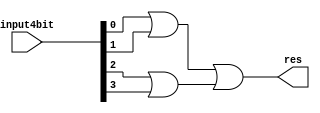
module or_4input(res,input4bit);
input [3:0] input4bit;
output res;
wire re1,re2;
or or1(re1,input4bit[0],input4bit[1]);
or or2(re2,input4bit[2],input4bit[3]);
or or3(res,re1,re2);
endmodule


module checkzero(zero, Result);

//if the Result is 0, output zero is 1
// if the result is not 0, output zero is 0
input [31:0] Result;
wire result1, result2,result3,result4,result5,result6,result7, result8;
output zero;
//using 8 of (4input orgate)
or_4input or_4_1(result1, Result[31:28]);
or_4input or_4_2(result2, Result[27:24]);
or_4input or_4_3(result3,Result[23:20]);
or_4input or_4_4(result4,Result[19:16]);
or_4input or_4_5(result5,Result[15:12]);
or_4input or_4_6(result6,Result[11:8]);
or_4input or_4_7(result7,Result[7:4]);
or_4input or_4_8(result8,Result[3:0]);

//using 2 of (4input orgate)
wire [3:0] result9;
wire [3:0] result10;
assign result9[3]=result1,result9[2]=result2, result9[1]=result3, result9[0]=result4;
assign result10[3]=result5, result10[2]=result6, result10[1]=result7,result10[0]=result8;
wire result11,result12,zero_before;
or_4input or_4_9(result11,result9);
or_4input or_4_10(result12,result10);


//or gate with the final results
or orfinal(zero_before,result11,result12);
not inver(zero,zero_before);
endmodule 

// module testdoit;
// reg[31:0] a;
// wire zero;

// checkzero checking(zero,a);


// initial begin
// a=32'sh00000000;  #1000 

// $display("result is %h ", zero);
// end
// endmodule